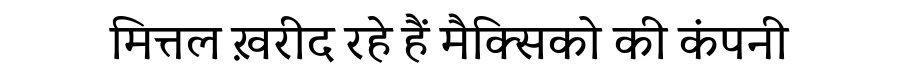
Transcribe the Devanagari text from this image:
मित्तल ख़रीद रहे हैं मैक्सिको की कंपनी